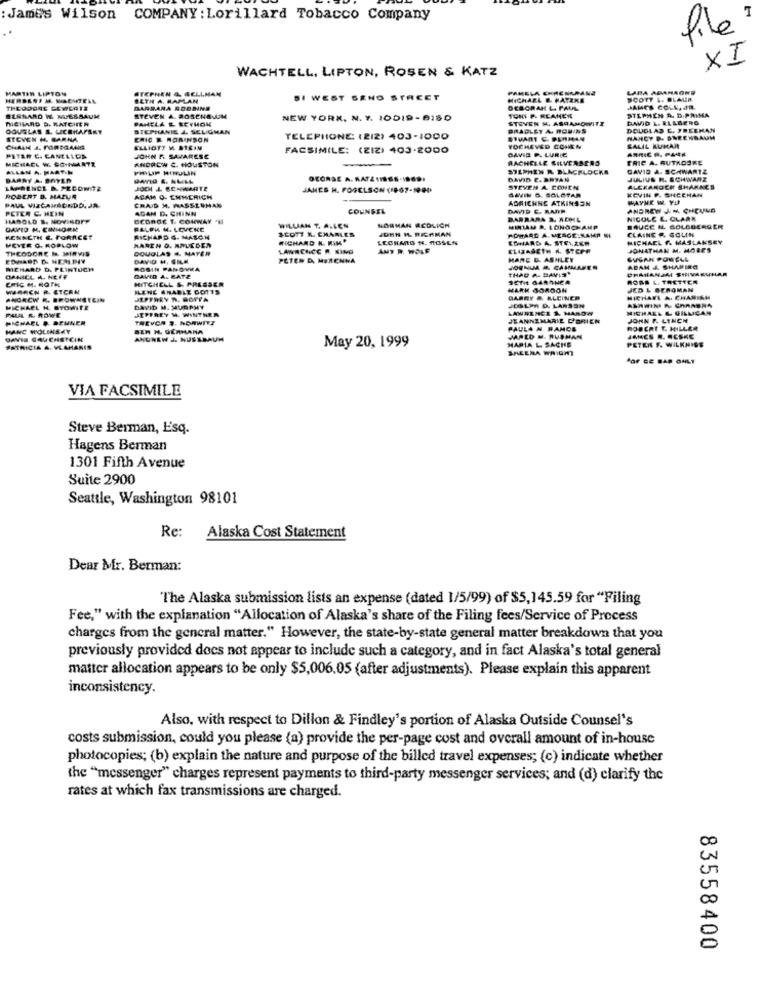
: James Wilson COMPANY : Lorillard Tobacco Company
file
XI
WACHTELL, LIPTON, ROSEN & KATZ
MARTIN LIPTON
STEPHEN & WELLMAN
PAMELA EHRENAMANS
LARA ADANAONE
HERBERT M. WACHTELL
BETH A. HAPLAN
SI WEST SEND STACET
MICHAEL &. HATIKE
SCOTT &. BLAUER
THEODORE CEWERTE
BARBARA SOBBING
DEBORAK L. PAUL
STEPHEN A. D.PRIMA
JAMES COLE, JR
BERNARD W. NUESSAUM
MICHARD D. RATCHER
PANELA E REYHON
STEVEN A. ROSENBLUM
NEW YORK, N. Y. 10019-8180
TONY P. REANERE
STEVEN H, ABRAMOWITZ
DAVID L. ELLBERG
DOUGLAS S. UCEHAPSET
STEPHANIE &. SELIGHAN
BRADLEY A. ROU/NS
DOUGLAS C. FREEMAN
STEVEN H. BARNA
CRIC & ROBINSON
TELEPHONE: (212) 403-1000
SIMANT E. PURMAN
NANCY P. SNEENBAUM
CHALK J. PORIGANG
ELLIOTT M STEIN
FACSIMILE: (EIZ) 403-2000
YOCHEVED COHEN
DAVIE P. LURIE
EALIL KUMAR
AMRIC P. PARK
MICHACL W. SO-MANTE
PITER C. CANELLOS
ANDREW C. HOUSTON
JOHN F. SAVARESE
RACHELLE SILVERBERS
TRIC A. RUTHOSRE
ALLAN A. MARTIN
PHILIP HINULIN
--
STEPHEN R BLAGFLOCKS
DAVID A. SCHWARTZ
DAANY A. BAYER
OFORSE A. KATZ 1166-1969.
DAVID C. BRYAN
JULIUS R. SCHWARZ
JAMES H. FOGCLSON (1967-1990
GAVIN G. SOLOTAR
STEVEN A. COHEN
ALCKARGER SHARKES
KEVIN P. SHEEHAN
ROBERT B. MAZUR
ACAM O. EMMERICH
ADRIENNE ATKINSON
WAYNE W. YU
PAUL VISCAMBONDO, JA
PETER C. HEIN
CRAJD M. WASSERMAN
ADAM D. CHINN
COUNSEL
DAVID C. RARR
ANDREW JN CHEUNG
HAROLD S. NOVINOET
BEDROE T. CONWAY 'NI
BARBARA &. WOOL
NICOLE E. CLARK
DAVIO H. EINHORN
PLLEK H. LCVCKE
WILLIAN T, ALLEN
SCOTT K. CHARLES
NORMAN REDLICH
JOHN H. RERMAN
MIRIAM A. LONGCHAMP
FOWARD A. MERGE.S.AMP MI
CLAINE & COLIN
BAUGE N. SOLGBERGER
KENNETH &. FORACET
RICHARD G. MASCH
MANEN O. AMJEDEN
RICHARD N. RIM'
LECHAND N. ROSEN
EDWARD A. STELEER
MICHAEL f. MASLANSEY
MEYER G. KOPLOW
THEODORE I MIRVIS
DOUGLAS &. MAYER
LAWRENCE A KING
AMy R. WOLF
ELIZABETH A. STEPR
JONATHAN M. MORE'S
DAVID H. SIM.
PETER D. MERENNA
MARC D. ASHLEY
SUSAN POWELL
RICHARD D. PEINTUCH
ROSIN PANOVKA
THAD A. DAVIS
JOENUA .. CAUMARES
ADAM & SHARING
OHAHANIM SHIVARUHAR
ERIC M. HOTH
DAWID A. RATE
MITCHELL &. PRESSER
SCTHE GARTNER
RORE L. TRETTER
WAREN R. ETCAN
MLENE ENABLE GOUTS
WARK JOROON
JED L BEROMAN
ANGECW R. BROWNSTEIN
JEFFREY S. GOTTA
GARRY &. KLEINER
MICHAEL A. CHARIEN
PHAL R. ROWE
MICHAEL H. SYOMITE
JEFFREY M. WINTHER
DAVID M. MURPHY
LAWRENCE 1. MAROW
JOSLP D. LARSON
MICHAEL L GILLICAN
MICHAEL #. DENNER
TREVOR 3. NOWWITZ
JEANNEMARIE D'BRIEN
JOHN & LENCH
MANC MOLINSKY
BEN H. GERMANA
PAULA N. RANCE
ROBERT T. HILLER
DAVIS CAUCHSTEIN
ANDREW J. NUSSBAUM
MARIA L. SACHE
JARED &. RUPHAN
PETER F. WILKNIGS
JANCS R. CESKE
PATRICIA A. VEAMARIS
May 20, 1999
SHEENA WRIGHT
POF CE BAP ONLY
VIA FACSIMILE
Steve Berman, Esq.
Hagens Berman
1301 Fifth Avenue
Suite 2900
Seattle, Washington 98101
Re:
Alaska Cost Statement
Dear Mr. Berman:
"The Alaska submission lists an expense (dated 1/5/99) of $5,145.59 for "Filing
Fee," with the explanation "Allocation of Alaska's share of the Filing fees/Service of Process
charges from the general matter." However, the state-by-state general matter breakdown that you
previously provided does not appear to include such a category, and in fact Alaska's total general
master allocation appears to be only $5,006.05 (after adjustments). Please explain this apparent
inconsistency.
Also, with respect to Dillon & Findley's portion of Alaska Outside Counsel's
costs submission, could you please (a) provide the per-page cost and overall amount of in-house
photocopies; (b) explain the nature and purpose of the billed travel expenses; (c) indicate whether
the "messenger" charges represent payments to third-party messenger services; and (d) clarify the
rates at which fax transmissions are charged.
00
U
00
83558400